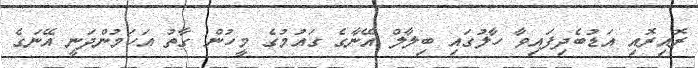
ރޮއިރޮއި އަޑުބެދިފައިވާ ހާލުގައި ބިލާލް އޭނާގެ ގައުމުގެ މީހުން ގާތު އަހަމުންދަނީ އޭނަގެ